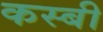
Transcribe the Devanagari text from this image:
कस्बी